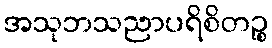
အသုဘသညာပရိစိတဉ္စ